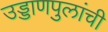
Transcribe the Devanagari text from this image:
उड्डाणपुलांची